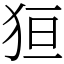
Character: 狟